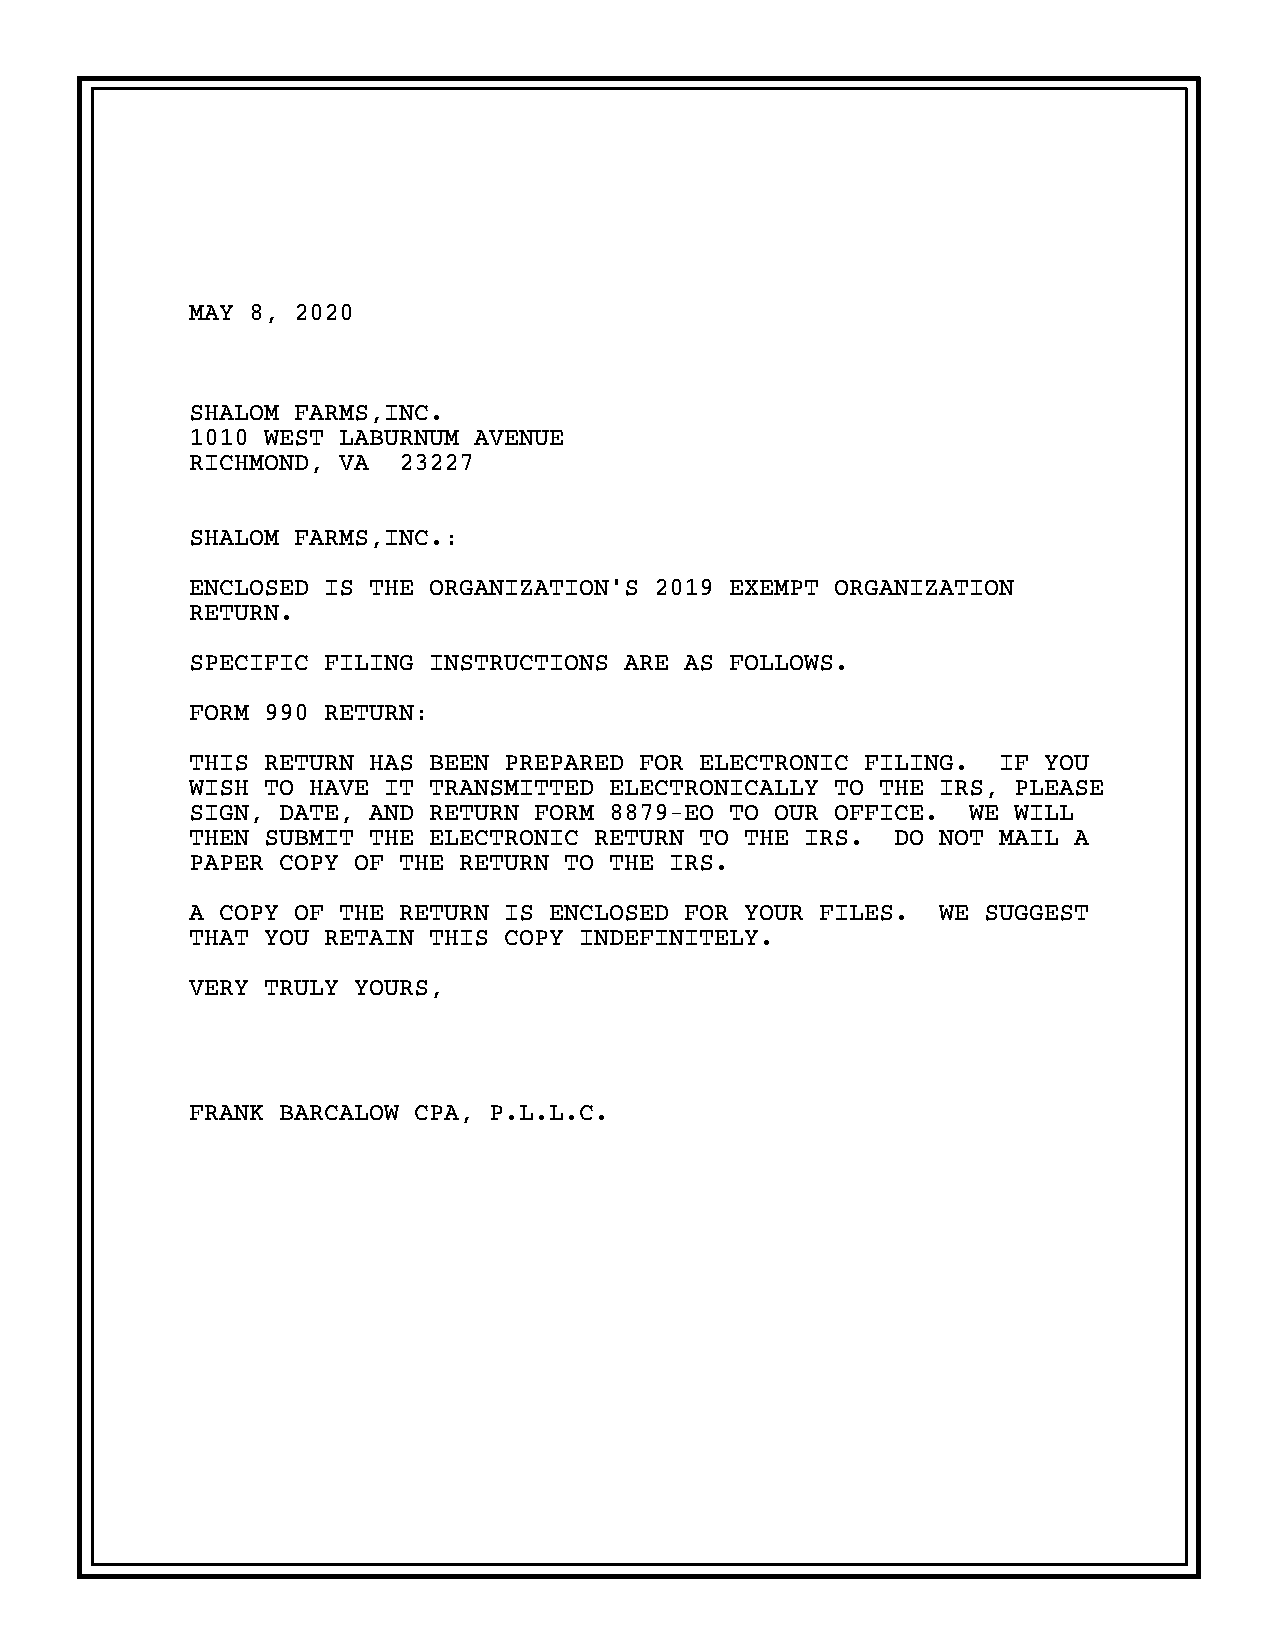
MAY 8, 2020
 SHALOM FARMS,INC.
 1010 WEST LABURNUM AVENUE
 RICHMOND, VA  23227
 SHALOM FARMS,INC.:
 ENCLOSED IS THE ORGANIZATION’S 2019 EXEMPT ORGANIZATION
 RETURN.
 SPECIFIC FILING INSTRUCTIONS ARE AS FOLLOWS.
 FORM 990 RETURN:
 THIS RETURN HAS BEEN PREPARED FOR ELECTRONIC FILING.  IF YOU
 WISH TO HAVE IT TRANSMITTED ELECTRONICALLY TO THE IRS, PLEASE
 SIGN, DATE, AND RETURN FORM 8879-EO TO OUR OFFICE.  WE WILL
 THEN SUBMIT THE ELECTRONIC RETURN TO THE IRS.  DO NOT MAIL A
 PAPER COPY OF THE RETURN TO THE IRS.
 A COPY OF THE RETURN IS ENCLOSED FOR YOUR FILES.  WE SUGGEST
 THAT YOU RETAIN THIS COPY INDEFINITELY.
 VERY TRULY YOURS,
 FRANK BARCALOW CPA, P.L.L.C.